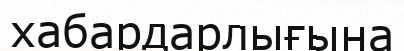
хабардарлығына